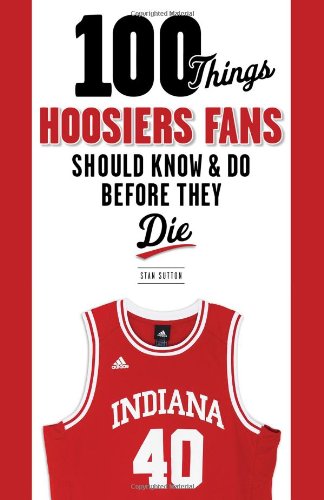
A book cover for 100 Things Hoosiers Fans Should Know & Do Before They Die (100 Things...Fans Should Know); Stan Sutton; Sports & Outdoors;